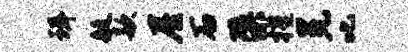
珥艇款屋石檗槿冕叱